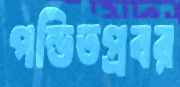
পন্ডিতপ্রবর